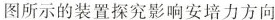
图所示的装置探究影响安培力方向